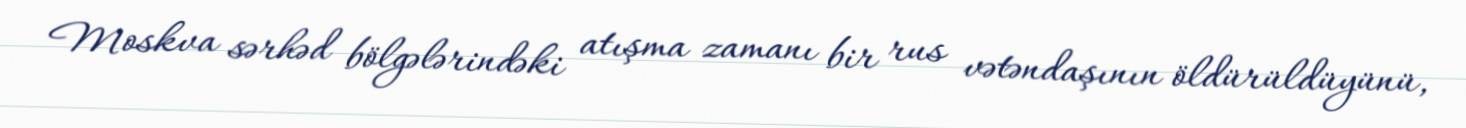
Moskva sərhəd bölgələrindəki atışma zamanı bir rus vətəndaşının öldürüldüyünü,